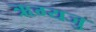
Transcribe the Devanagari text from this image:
ऋग्यजु